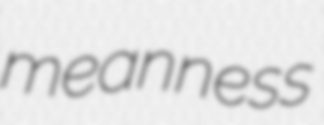
meanness